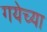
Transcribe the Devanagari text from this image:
गयेच्या